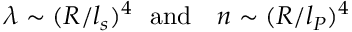
\lambda \sim ( R / l _ { s } ) ^ { 4 } \ \ \mathrm { a n d } \ \ \ n \sim ( R / l _ { P } ) ^ { 4 }